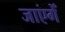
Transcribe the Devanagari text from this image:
जाएगेँ